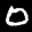
Label: 0